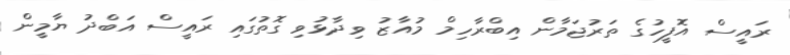
ރައީސް އޮފީހުގެ ތަރުޖަމާން އިބްރާހިމް މުއާޒު ވިދާޅުވި ގޮތުގައި ރައީސް އަބްދު ޔާމީން